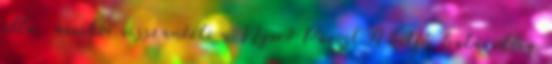
álla, amikor visszanézte a Nyerő Párost A hétfői határidőig